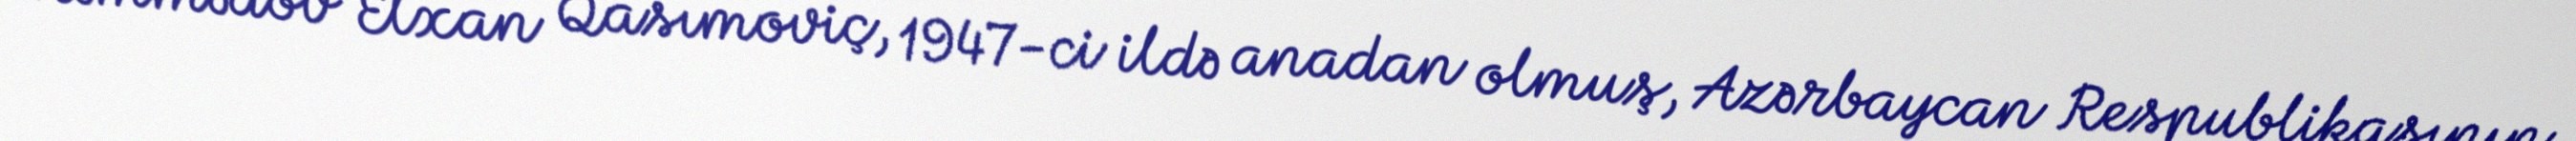
Məmmədov Elxan Qasımoviç, 1947-ci ildə anadan olmuş, Azərbaycan Respublikasının